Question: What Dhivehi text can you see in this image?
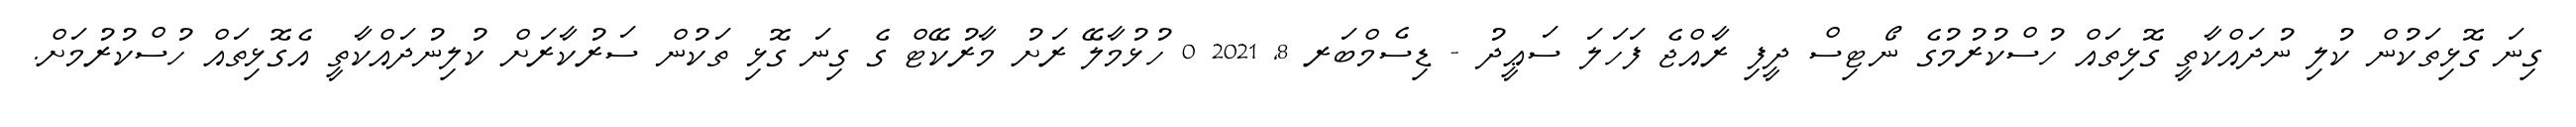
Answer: ގިނަ ގޮޅިތަކުން ކުލި ނުދައްކާތީ ގޮޅިތައް ހުސްކުރުމުގެ ނޯޓިސް ދީފި ރާއްޖެ ފަހަލަ ސަޢީދު - ޑިސެމްބަރ 8, 2021 0 ހުޅުމާލޭ ރަށު މާރުކޭޓް ގެ ގިނަ ގޮޅި ތަކުން ސަރުކާރަށް ކުލިނުދައްކާތީ އެގޮޅިތައް ހުސްކުރުމަށް.